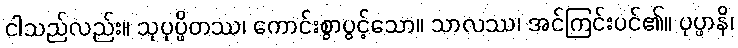
ငါသည်လည်း။ သုပုပ္ဖိတဿ၊ ကောင်းစွာပွင့်သော။ သာလဿ၊ အင်ကြင်းပင်၏။ ပုပ္ဖာနိ၊